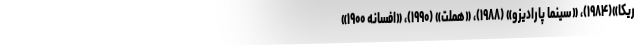
ریکا»(۱۹۸۴)، «سینما پارادیزو» (۱۹۸۸)، «هملت» (۱۹۹۰)، «افسانه ۱۹۰۰»